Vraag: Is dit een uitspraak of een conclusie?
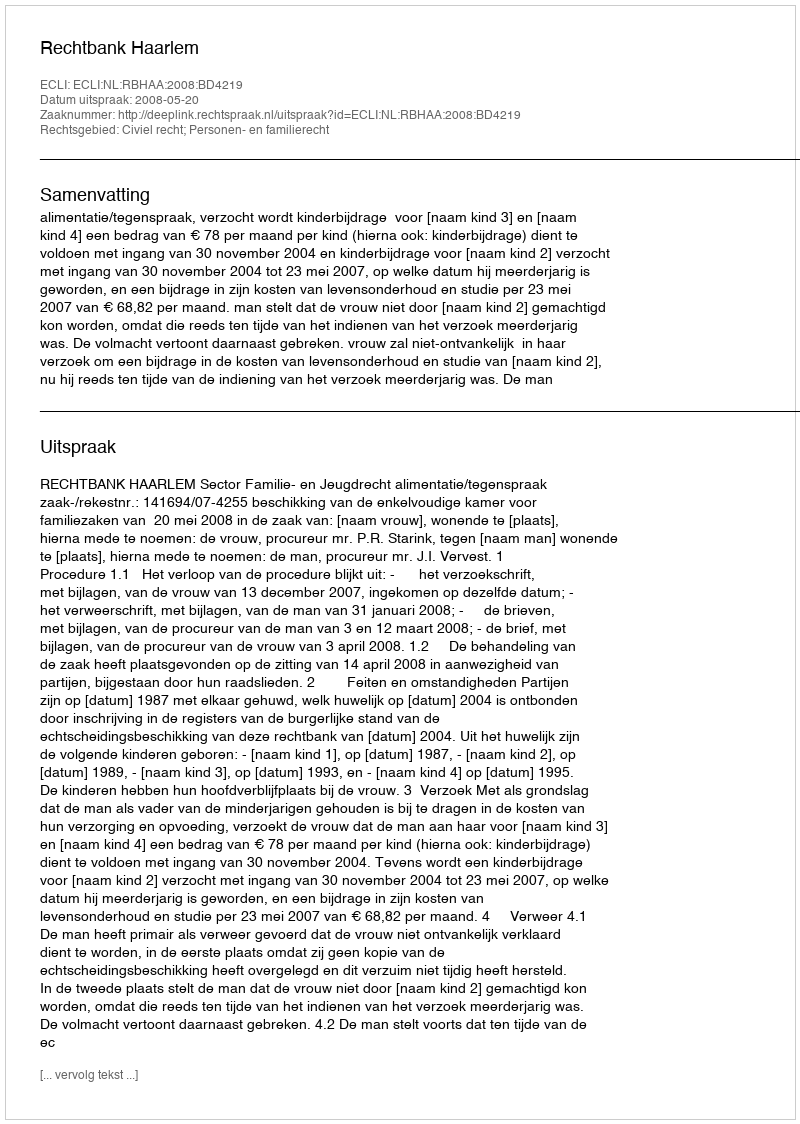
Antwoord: Uitspraak